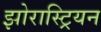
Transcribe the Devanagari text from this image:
झोरास्ट्रियन